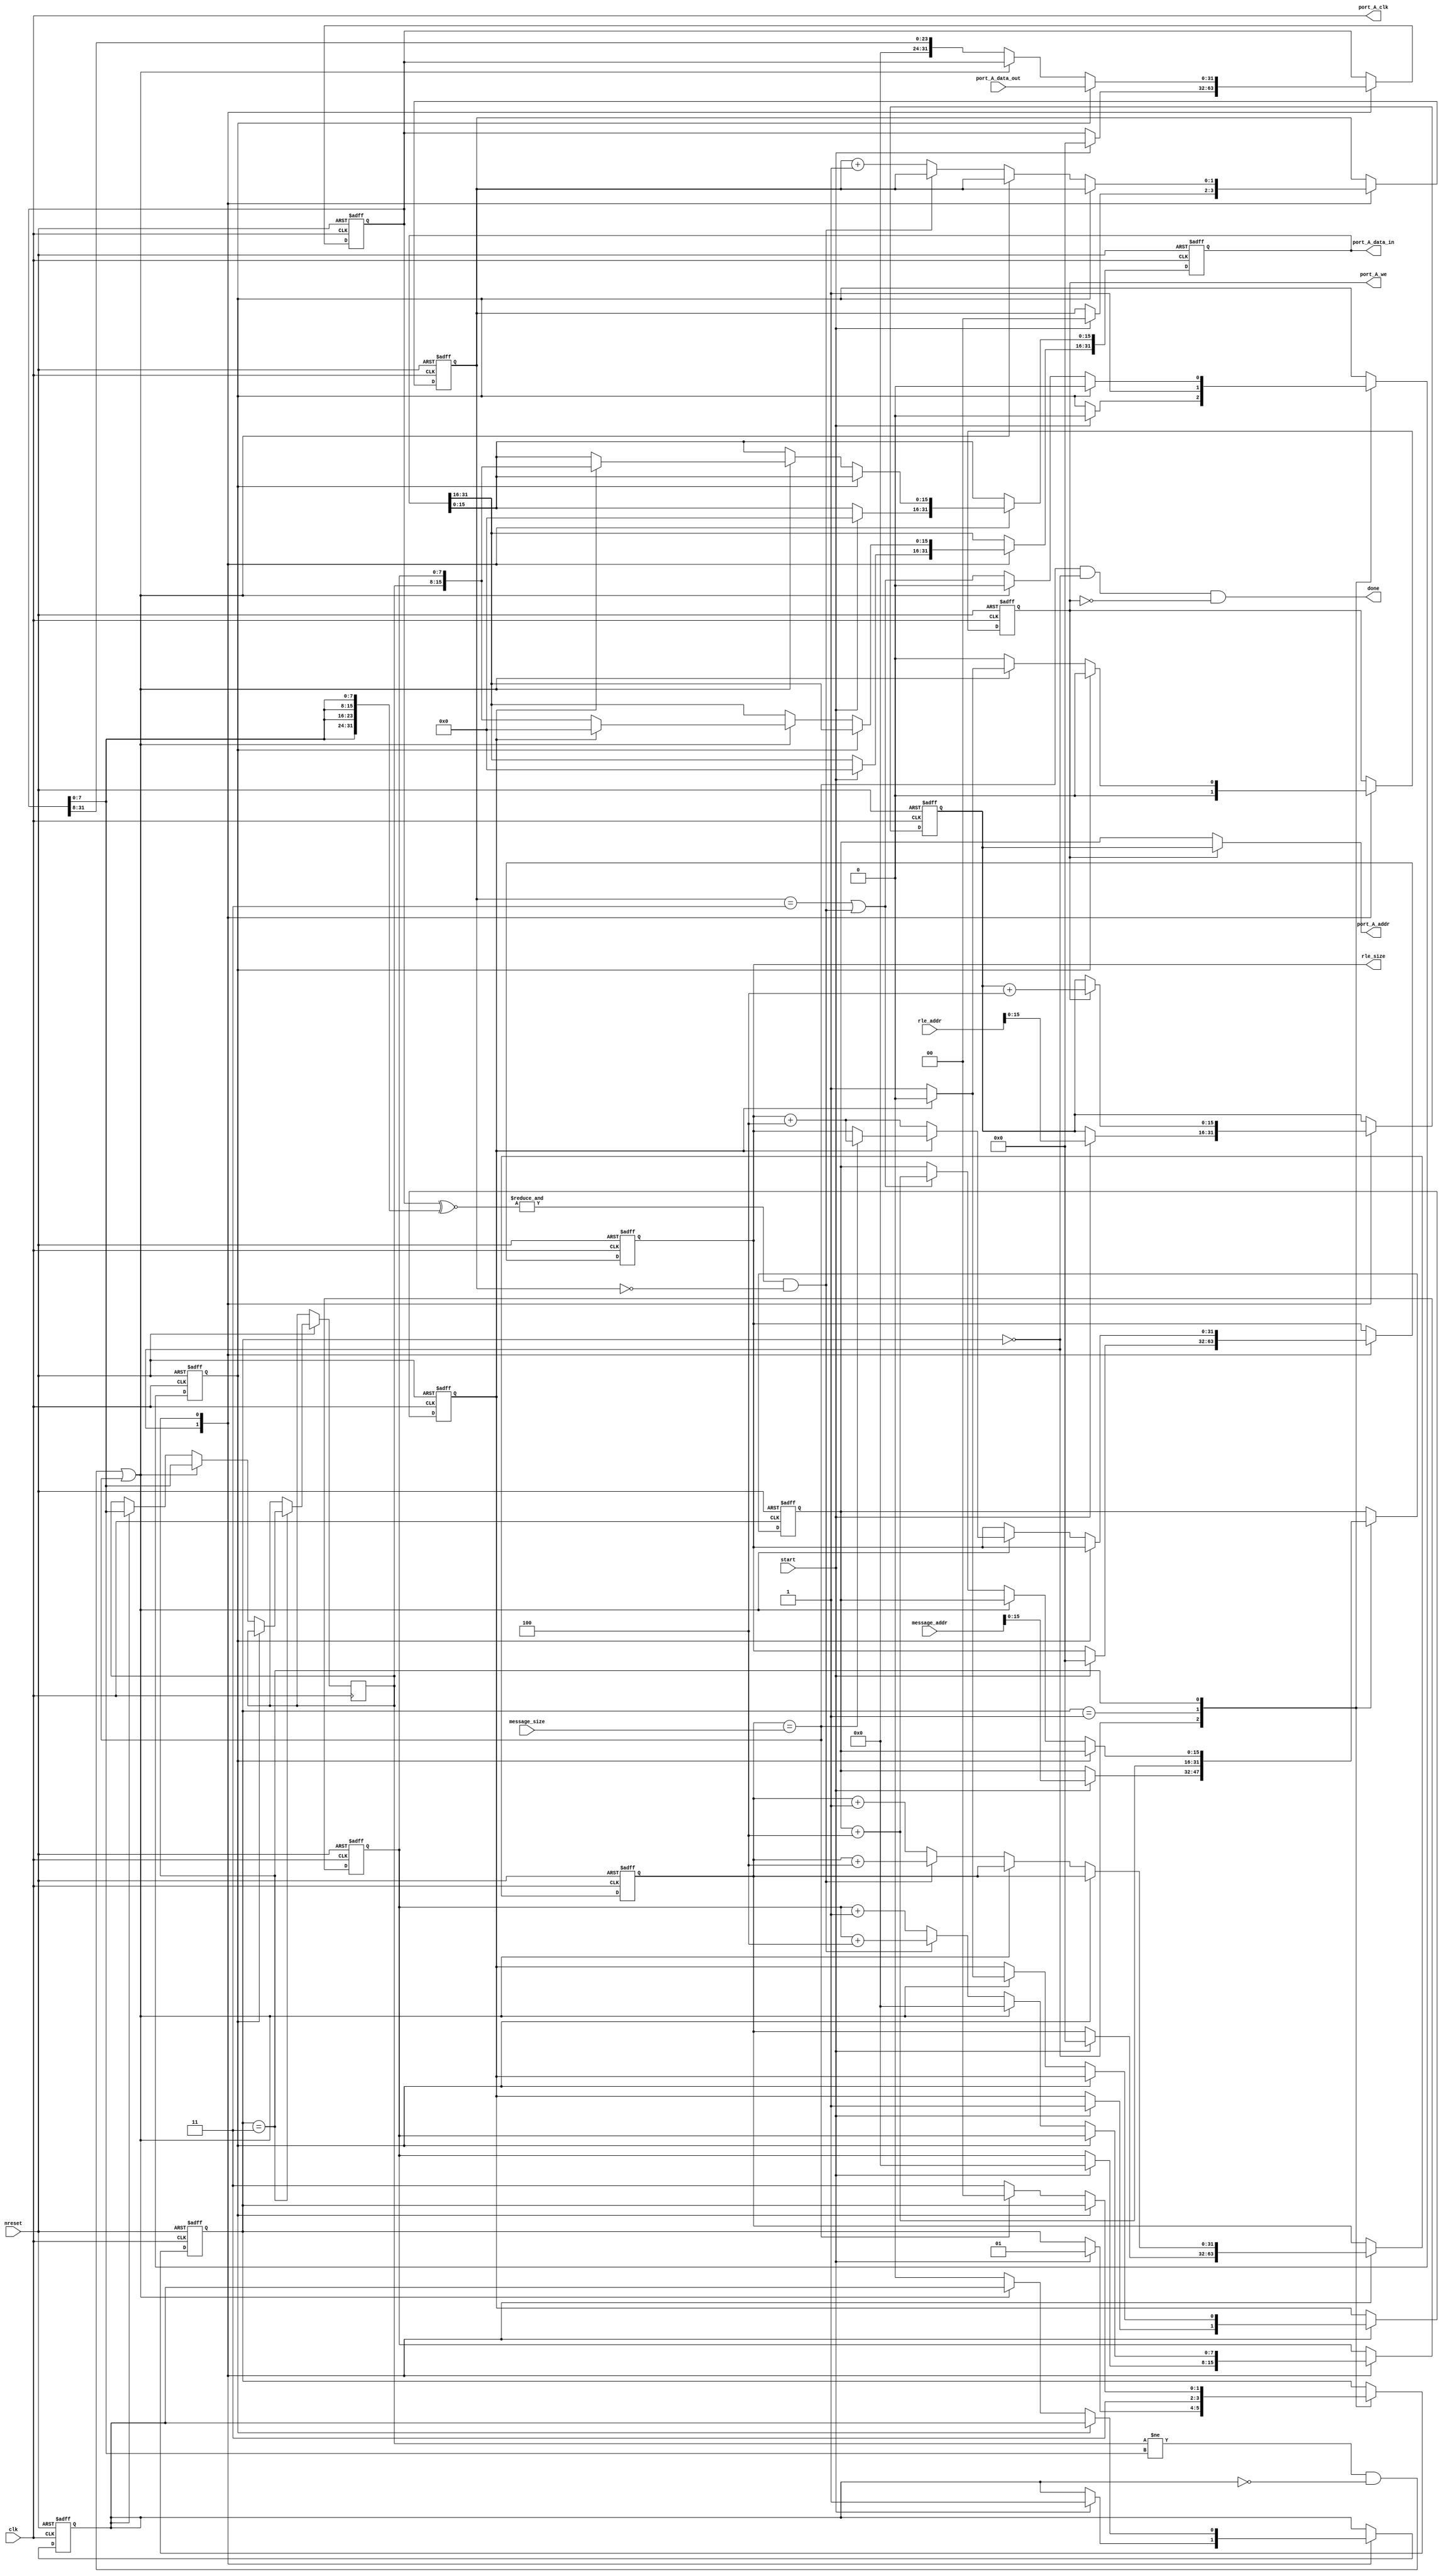
module rle_fast (
	clk, 		
	nreset, 	
	start,
	message_addr,
	message_size, 	
	rle_addr, 	
	rle_size, 	
	done, 		
	port_A_clk,
        port_A_data_in,
        port_A_data_out,
        port_A_addr,
        port_A_we
	);

input	clk;
input	nreset;
// Initializes the RLE module

input	start;
// Tells RLE to start compressing the given frame

input 	[31:0] message_addr;
// Starting address of the plaintext frame
// i.e., specifies from where RLE must read the plaintext frame

input	[31:0] message_size;
// Length of the plain text in bytes

input	[31:0] rle_addr;
// Starting address of the ciphertext frame
// i.e., specifies where RLE must write the ciphertext frame

input   [31:0] port_A_data_out;
// read data from the dpsram (plaintext)

output  [31:0] port_A_data_in;
// write data to the dpsram (ciphertext)

output  [15:0] port_A_addr;
// address of dpsram being read/written

output  port_A_clk;
// clock to dpsram (drive this with the input clk)

output  port_A_we;
// read/write selector for dpsram

output	[31:0] rle_size;
// Length of the compressed text in bytes

output	done; // done is a signal to indicate that encryption of the frame is complete


parameter IDLE = 2'b00;
parameter POSTIDLE_READ = 2'b01;
parameter COMPUTE = 2'b11;


reg [31:0]	byte_str, write_buffer, total_count, size_of_writes;
reg [15:0]	read_addr, write_addr;
reg [7:0]	byte, byte_count;
reg [1:0]	state, shift_count;
reg			first_flag, wen, first_half, post_read;

wire [31:0]	size_of_writes_n, byte_str_n, total_count_n;
wire [15:0]	read_addr_n, write_addr_n;
wire [1:0]	shift_count_n;
wire [7:0]	byte_count_n;
wire			end_of_byte_str, reached_length, whole_str_same, skip_byte_str;

//READ:
assign read_addr_n = read_addr + 4;

//READ/WRITE;
assign port_A_addr = (wen) ? write_addr : read_addr;
assign port_A_clk = clk;
assign done = (reached_length && state == IDLE && !wen); //reached_length and is idle

//WRITE:
assign port_A_we = wen;
assign write_addr_n = write_addr + 4;
assign port_A_data_in = write_buffer;
assign size_of_writes_n = size_of_writes + 4;
assign rle_size = size_of_writes;

//COMPUTE:
assign skip_byte_str = whole_str_same && !shift_count;
assign byte_str_n = {8'b0,byte_str[31:8]};
assign shift_count_n = (skip_byte_str) ? shift_count : shift_count + 1; // keep track of where the bytes have been shifted
assign end_of_byte_str = (shift_count == 2'b11); // mark the end of the byte array to get new data
assign reached_length = total_count == message_size; // length has been reached
assign whole_str_same = &(byte_str ^~ {byte_str[7:0], byte_str[7:0], byte_str[7:0], byte_str[7:0]}); //check if all bytes are the same (optimization)
assign byte_count_n = (skip_byte_str) ? (byte_count + 4) : (byte_count + 1);
assign total_count_n = (skip_byte_str) ? (total_count + 4): (total_count + 1);

always@(posedge clk or negedge nreset)
begin
	if(!nreset) begin
		byte_str <= 32'b0;
		state <= IDLE;
		first_flag <= 1'b1;
		shift_count <= 2'b0;
		read_addr <= 16'b0;
		write_addr <= 16'b0;
		first_half <= 1'b1;
		write_buffer <= 32'b0;
		byte_count <= 8'b0;
		total_count <= 32'b0;
		size_of_writes <= 32'b0;
		wen <= 1'b0;
		post_read <=1'b0;
		
		
	end
	else begin
		case(state)
		
			IDLE: begin
				if(start) begin
					byte_str <= 32'b0;
					state <= POSTIDLE_READ;
					read_addr <= message_addr[15:0];
					write_addr <= rle_addr[15:0];
					first_flag <= 1'b1;
					shift_count <= 2'b0;
					first_half <= 1'b1;
					write_buffer <= 32'b0;
					byte_count <= 8'b0;
					total_count <= 32'b0;
					size_of_writes <= 32'b0;
					wen <= 1'b0;
					post_read <= 1'b0;
					
				end
				if(wen == 1'b1) begin
					wen <= 1'b0;
				end
			end
			
			POSTIDLE_READ: begin
				state <= COMPUTE;
				read_addr <= read_addr_n; // increment read address
				post_read <= 1'b1;
				
			end
			COMPUTE: begin
				if(wen == 1'b1) begin
					wen <= 1'b0;
					write_addr <= write_addr_n;
				end
				if(post_read) begin
					byte_str <= port_A_data_out; //get byte from read;
					post_read <= 1'b0;
				end
				else begin
					//check if we want to do any writing to memory:
					if((byte != byte_str[7:0] && !first_flag ) || reached_length) begin
						//check which half of they byte array buffer we want to set:
						if(first_half) begin
							write_buffer <= {16'b0, byte, byte_count};
							first_half <= 1'b0;
							size_of_writes <= (reached_length) ? size_of_writes_n : size_of_writes;
						end
						else begin
							write_buffer[31:16] <= {byte, byte_count};
							wen <= 1'b1;
							first_half <= 1'b1;
							size_of_writes <= size_of_writes_n;
						end
						state <= (reached_length) ? IDLE : COMPUTE;
						byte <= byte_str[7:0];
						byte_count <= 8'b0;
					end
					else begin //byte == byte_str[7:0];
						//check if this is the first run:
						if(first_flag) begin
							byte <= byte_str[7:0];
							first_flag <= 1'b0;
						end
						
						//check if we want to read or not:
						read_addr <= (end_of_byte_str || skip_byte_str) ? read_addr_n : read_addr; // increment read address
						post_read <= end_of_byte_str || skip_byte_str;
							
						state <= (reached_length) ? IDLE : COMPUTE;
						
						//shift bytes
						byte_str <= byte_str_n;
						shift_count <= shift_count_n;
						byte_count <= byte_count_n;
						total_count <= total_count_n;
					end
				end
			end
		endcase
	end
	

end


endmodule